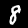
Digit: 8